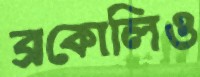
ব্রকোলিও